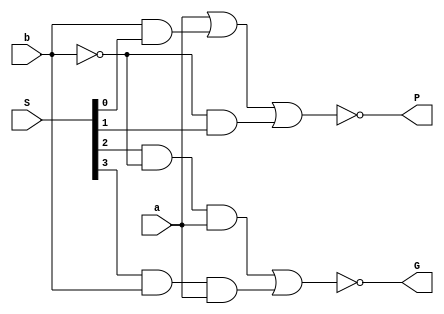
`timescale 1ns / 1ps
module Block1(
    input a,
    input b,
    input [3:0] S,
    output P,
    output G
    );
	wire nB;
	wire [3:0]t;
	
	assign nB = ~b;
	assign t[0] = b & S[0];
	assign t[1] = nB & S[1];
	assign t[2] = S[2] & nB & a;
	assign t[3] = S[3] & b & a;	

	assign P = ~(a | t[0] | t[1]);
	assign G = ~(t[2] | t[3]);
endmodule